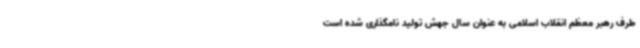
طرف رهبر معظم انقلاب اسلامی به عنوان سال جهش تولید نامگذاری شده است